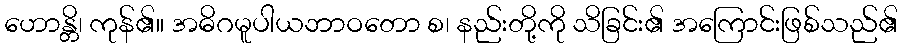
ဟောန္တိ၊ ကုန်၏။ အဓိဂမူပါယဘာဝတော စ၊ နည်းတို့ကို သိခြင်း၏ အကြောင်းဖြစ်သည်၏